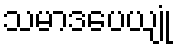
သမာဒပေယျုံ